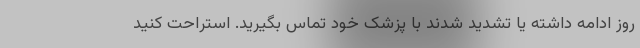
روز ادامه داشته یا تشدید شدند با پزشک خود تماس بگیرید. استراحت کنید